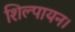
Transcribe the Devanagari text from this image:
शिल्पायन।